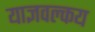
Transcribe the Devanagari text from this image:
याज्ञवल्कय